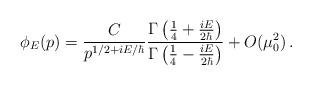
LaTeX: \begin{align*}\phi_{E}(p)= \frac{C}{p^{1/2+iE/\hbar}}\frac{\Gamma\left(\frac{1}{4}+\frac{iE}{2\hbar} \right) }{\Gamma\left(\frac{1}{4}-\frac{iE}{2\hbar} \right)}+O(\mu_{0}^{2}) \,.\end{align*}